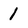
Character: 1